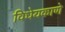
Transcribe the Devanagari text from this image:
विधेयकाणे